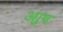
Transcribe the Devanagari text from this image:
आुय